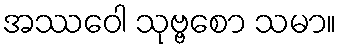
အဿဝေါ သုဗ္ဗစော သမာ။